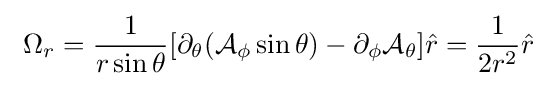
\ \Omega _{r}={\frac {1}{r\sin {\theta }}}[\partial _{\theta }({\mathcal {A}}_{\phi }\sin {\theta })-\partial _{\phi }{\mathcal {A}}_{\theta }]{\hat {r}}={\frac {1}{2r^{2}}}{\hat {r}}